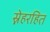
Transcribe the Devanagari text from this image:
स्नेहरहित